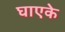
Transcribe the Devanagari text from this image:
घाएके